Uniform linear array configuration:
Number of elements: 4
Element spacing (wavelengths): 1
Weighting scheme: hamming
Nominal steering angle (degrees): -60
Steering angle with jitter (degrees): -59.698
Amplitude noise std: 0.05
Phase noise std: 0.05

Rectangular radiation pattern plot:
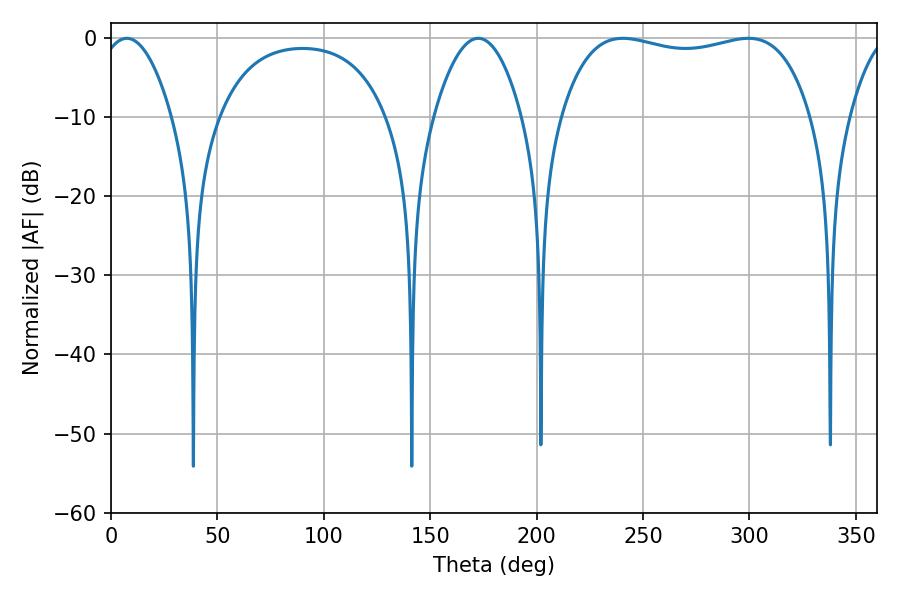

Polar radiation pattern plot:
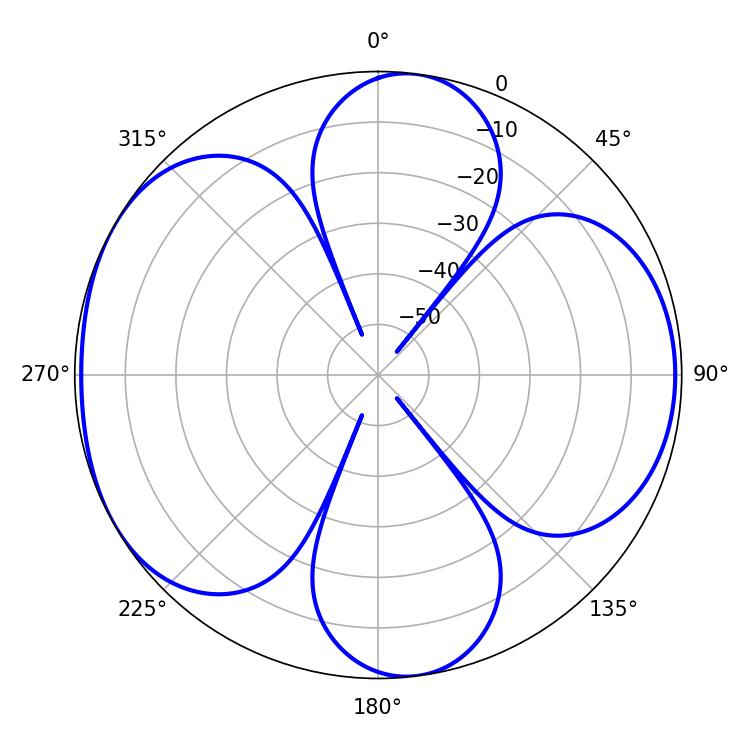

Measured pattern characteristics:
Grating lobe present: TRUE
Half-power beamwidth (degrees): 95.04
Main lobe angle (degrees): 240.48